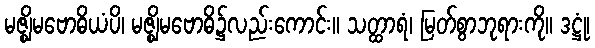
မဇ္ဈိမဗောဓိယံပိ၊ မဇ္ဈိမဗောဓိ၌လည်းကောင်း။ သတ္ထာရံ၊ မြတ်စွာဘုရားကို။ ဒဋ္ဌုံ၊